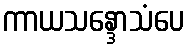
ကာယသန္ဒောသံပေ